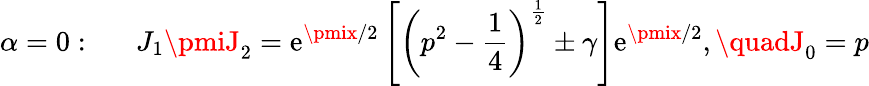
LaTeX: \alpha=0:\quad\, \, \, J_{1}\pmiJ_{2}=\mathrm{e}^{\pmix/2}\left[\left(p^{2}-\frac{1}{4}\right)^{\frac{1}{2}}\pm\gamma\right]\mathrm{e}^{\pmix/2},\quadJ_{0}=p